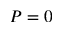
P = 0